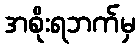
အစိုးရဘက်မှ